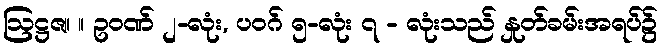
ဩဋ္ဌဇ။ ။ ဥဝဏ် ၂-လုံး, ပဝဂ် ၅-လုံး ၇ - လုံးသည် နှုတ်ခမ်းအရပ်၌